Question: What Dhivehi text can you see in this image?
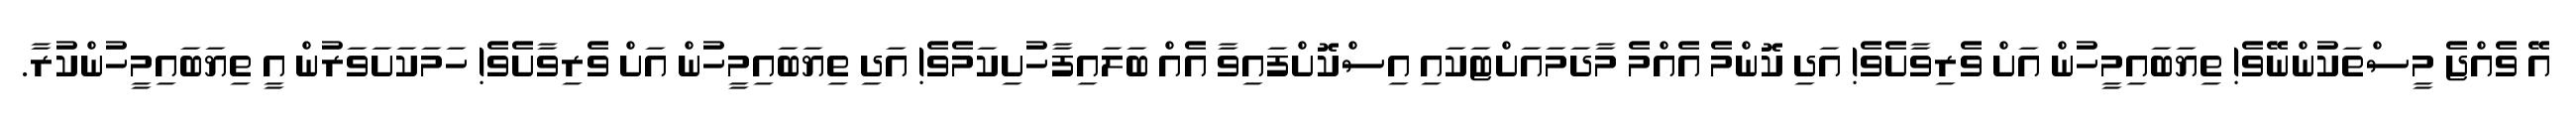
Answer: އޭ ވެއްޖެ މީސްތަކުންނޭވެ! ތިޔަބައިމީހުން އަށް ވެރިވާށެވެ! އަދި ކޮންމެ އެއްމެ މާދަމައަށްޓަކައި އިސްކޮށްފައިވާ އެއް ބަލައިފާހުށިކަމެވެ! އަދި ތިޔަބައިމީހުން އަށް ވެރިވާށެވެ! ހަމަކަށަވަރުން އީ ތިޔަބައިމީހުންކުރާ.